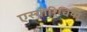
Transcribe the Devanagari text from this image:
एस्चीरिचिया